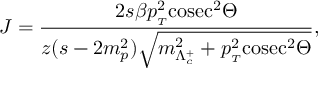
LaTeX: { \cal J } = \frac { 2 s \beta p _ { { } _ { T } } ^ { 2 } \mathrm { c o s e c } ^ { 2 } \Theta } { z ( s - 2 m _ { p } ^ { 2 } ) \sqrt { m _ { \Lambda _ { c } ^ { + } } ^ { 2 } + p _ { { } _ { T } } ^ { 2 } \mathrm { c o s e c } ^ { 2 } \Theta } } ,